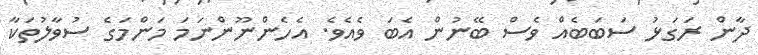
ދާން ރަގަޅު ސަބަބެއް ވެސް ބޭނުން އެބަ ވެއެވެ. އެހެންނޫންނަމަ މަންމަގެ ސުވާލުތަކާ